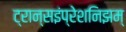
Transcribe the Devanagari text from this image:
ट्रान्सइंप्रेशनिझम्